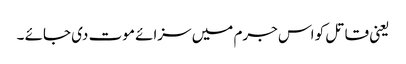
یعنی قاتل کو اس جرم میں سزائے موت دی جائے ۔